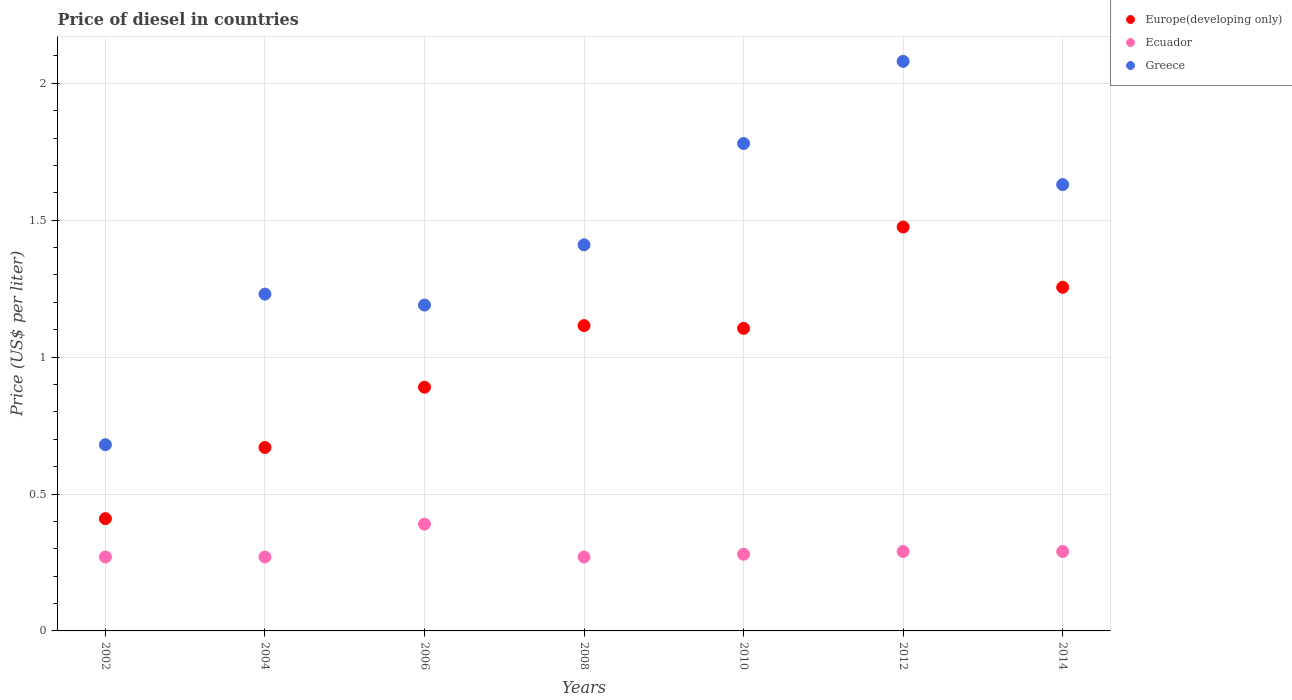
| Years | Europe(developing only) | Ecuador | Greece |
 | --- | --- | --- | --- |
 | 2002 | 0.41 | 0.27 | 0.68 |
 | 2004 | 0.67 | 0.27 | 1.23 |
 | 2006 | 0.89 | 0.39 | 1.19 |
 | 2008 | 1.11 | 0.27 | 1.41 |
 | 2010 | 1.1 | 0.28 | 1.78 |
 | 2012 | 1.48 | 0.29 | 2.08 |
 | 2014 | 1.25 | 0.29 | 1.63 |